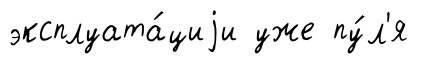
эксплуата́циjи уже пу́л'я